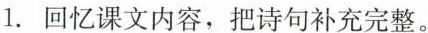
1.回忆课文内容，把诗句补充完整。